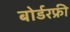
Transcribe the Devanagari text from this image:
बोर्डरफ्री